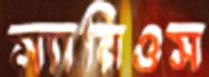
ম্যারিওস